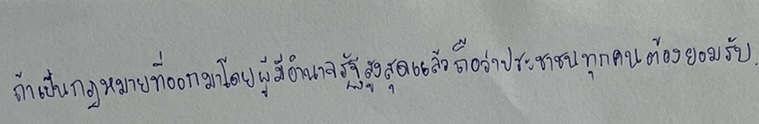
ถ้าเป็นกฎหมายที่ออกมาโดยผู้มีอำนาจรัฐสูงสุดแล้วถือว่าประชาชนทุกคนต้องยอมรับ